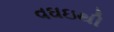
વઘઇથી